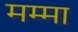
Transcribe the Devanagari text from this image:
मम्मा